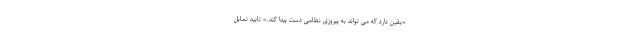
«یقین دارد که می تواند به پیروزی نظامی دست پیدا کند.» تایید تمایل